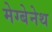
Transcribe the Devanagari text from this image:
मेग्बेनेथ